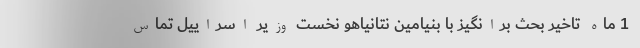
1 ماه تاخیر بحث برانگیز با بنیامین نتانیاهو نخست وزیر اسراییل تماس